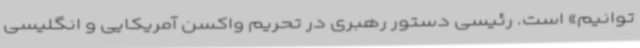
‌توانیم» است. رئیسی دستور رهبری در تحریم واکسن آمریکایی و انگلیسی